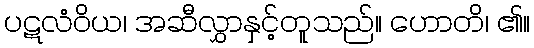
ပဋလံဝိယ၊ အဆီလွှာနှင့်တူသည်။ ဟောတိ၊ ၏။